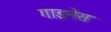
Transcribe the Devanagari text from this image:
गाइनेस